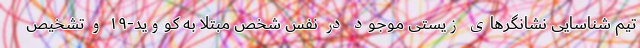
تیم شناسایی نشانگرهای زیستی موجود در نفس شخص مبتلا به کووید-۱۹ و تشخیص